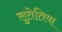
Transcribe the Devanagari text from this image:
लुतेतिया